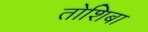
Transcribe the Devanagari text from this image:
तोशिबा